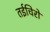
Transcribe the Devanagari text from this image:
तईचिरो